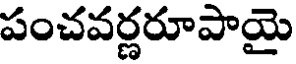
పంచవర్ణరూపాయై